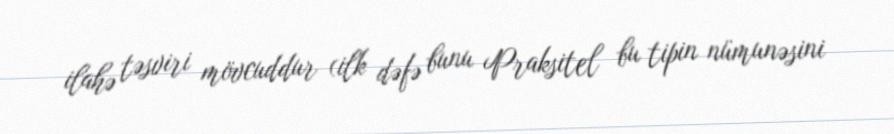
ilahə təsviri mövcuddur (ilk dəfə bunu Praksitel bu tipin nümunəsini